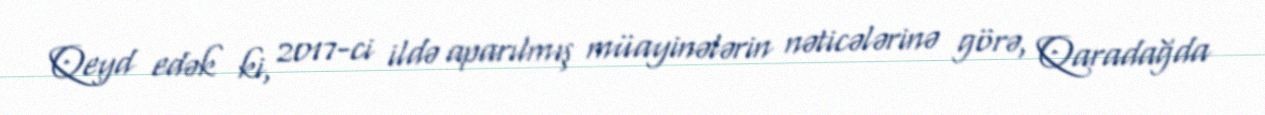
Qeyd edək ki, 2017-ci ildə aparılmış müayinələrin nəticələrinə görə, Qaradağda